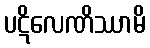
ပဋိလေဏိဿာမိ